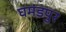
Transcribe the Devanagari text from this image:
घमंडपुर